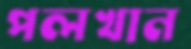
পলখান